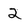
Character: 2